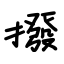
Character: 撥